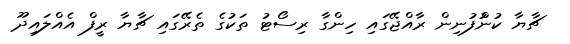
ޗާޔާ ކުންުފުނިން ރާއްޖޭގައި ހިންގާ ރިސޯޓު ތަކުގެ ތެރޭގައި ޗާޔާ ރީފް އެއްލައިދޫ